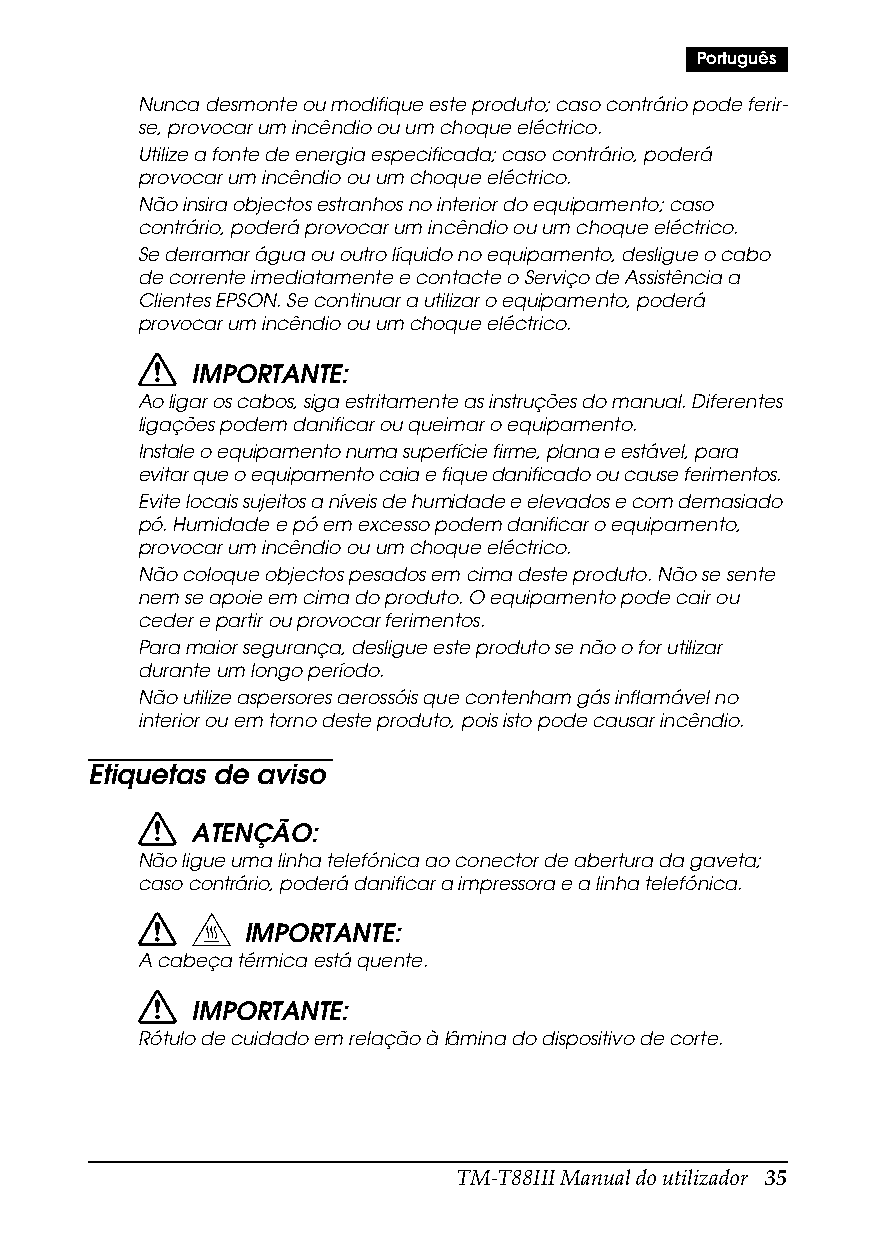
Português
 Nunca desmonte ou modifique este produto; caso contrário pode ferir-
 se, provocar um incêndio ou um choque eléctrico.
 Utilize a fonte de energia especificada; caso contrário, poderá
 provocar um incêndio ou um choque eléctrico.
 Não insira objectos estranhos no interior do equipamento; caso
 contrário, poderá provocar um incêndio ou um choque eléctrico.
 Se derramar água ou outro líquido no equipamento, desligue o cabo
 de corrente imediatamente e contacte o Serviço de Assistência a
 Clientes EPSON. Se continuar a utilizar o equipamento, poderá
 provocar um incêndio ou um choque eléctrico.
 IMPORTANTE:
 Ao ligar os cabos, siga estritamente as instruções do manual. Diferentes
 ligações podem danificar ou queimar o equipamento.
 Instale o equipamento numa superfície firme, plana e estável, para
 evitar que o equipamento caia e fique danificado ou cause ferimentos.
 Evite locais sujeitos a níveis de humidade e elevados e com demasiado
 pó. Humidade e pó em excesso podem danificar o equipamento,
 provocar um incêndio ou um choque eléctrico.
 Não coloque objectos pesados em cima deste produto. Não se sente
 nem se apoie em cima do produto. O equipamento pode cair ou
 ceder e partir ou provocar ferimentos.
 Para maior segurança, desligue este produto se não o for utilizar
 durante um longo período.
 Não utilize aspersores aerossóis que contenham gás inflamável no
 interior ou em torno deste produto, pois isto pode causar incêndio.
 Etiquetas de aviso
 ATENÇÃO:
 Não ligue uma linha telefónica ao conector de abertura da gaveta;
 caso contrário, poderá danificar a impressora e a linha telefónica.
 IMPORTANTE:
 A cabeça térmica está quente.
 IMPORTANTE:
 Rótulo de cuidado em relação à lâmina do dispositivo de corte.
 TM-T88III Manual do utilizador 35